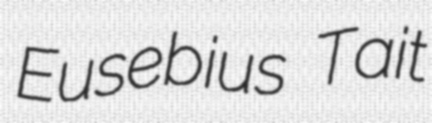
Eusebius Tait